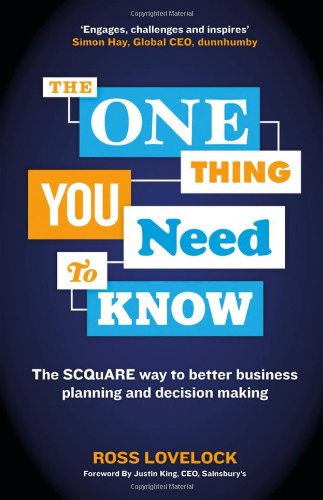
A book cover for The One Thing You Need to Know: The SCQuARE way to better business planning and decision making; Ross Lovelock; Business & Money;